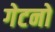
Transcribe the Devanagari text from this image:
गेटनो